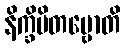
နိက္ခိပိတဗ္ဗောတိ